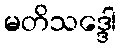
မတိသဒ္ဒေါ